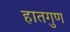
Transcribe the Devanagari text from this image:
हातगुण